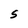
Character: S